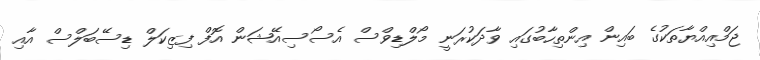
ޖަމްއިއްޔާތަކުގެ ބައިން އިންތިހާބުގައި ވާދަކުރަނީ މޯލްޑިވްސް އެސޯސިއޭޝަން އޮފް ފިޒިކަލް ޑިސޭބަލްސް އާއި